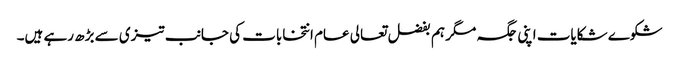
شکوے شکایات اپنی جگہ مگر ہم بفضل تعالی عام انتخابات کی جانب تیزی سے بڑھ رہے ہیں۔